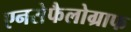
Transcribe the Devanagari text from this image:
एनसेफैलोग्राफ